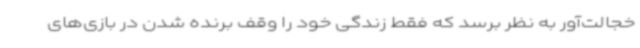
خجالت‌آور به نظر برسد که فقط زندگی خود را وقف برنده شدن در بازی‌های